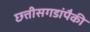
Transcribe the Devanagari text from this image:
छत्तीसगडांपैकी